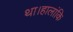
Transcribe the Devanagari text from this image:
था।हालांकि